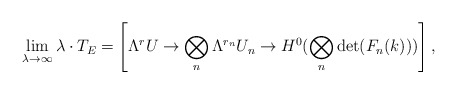
\begin{align*} \lim_{\lambda\to \infty} \lambda \cdot T_E = \left[\Lambda^r U \to \bigotimes_n \Lambda^{r_n} U_n \to H^0(\bigotimes_n \det(F_n(k))) \right], \end{align*}